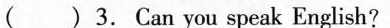
( ) 3. Can you speak English?